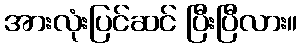
အားလုံးပြင်ဆင် ပြီးပြီလား။